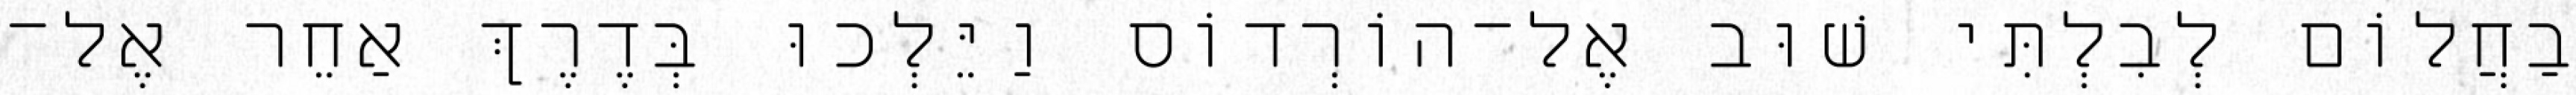
בַחֲלוֹם לְבִלְתִּי שׁוּב אֶל־הוֹרְדוֹס וַיֵּלְכוּ בְּדֶרֶךְ אַחֵר אֶל־